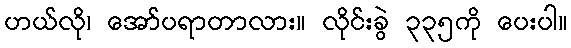
ဟယ်လို၊ အော်ပရာတာလား။ လိုင်းခွဲ ၃၃၅ကို ပေးပါ။